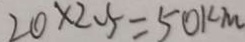
2 0 \times 2 . 5 = 5 0 k m